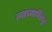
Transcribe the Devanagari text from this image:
त्याच्याविरूद्ध